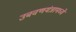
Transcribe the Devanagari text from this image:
उबवणयंत्रामध्ये